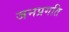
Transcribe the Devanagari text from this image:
जनप्रगति